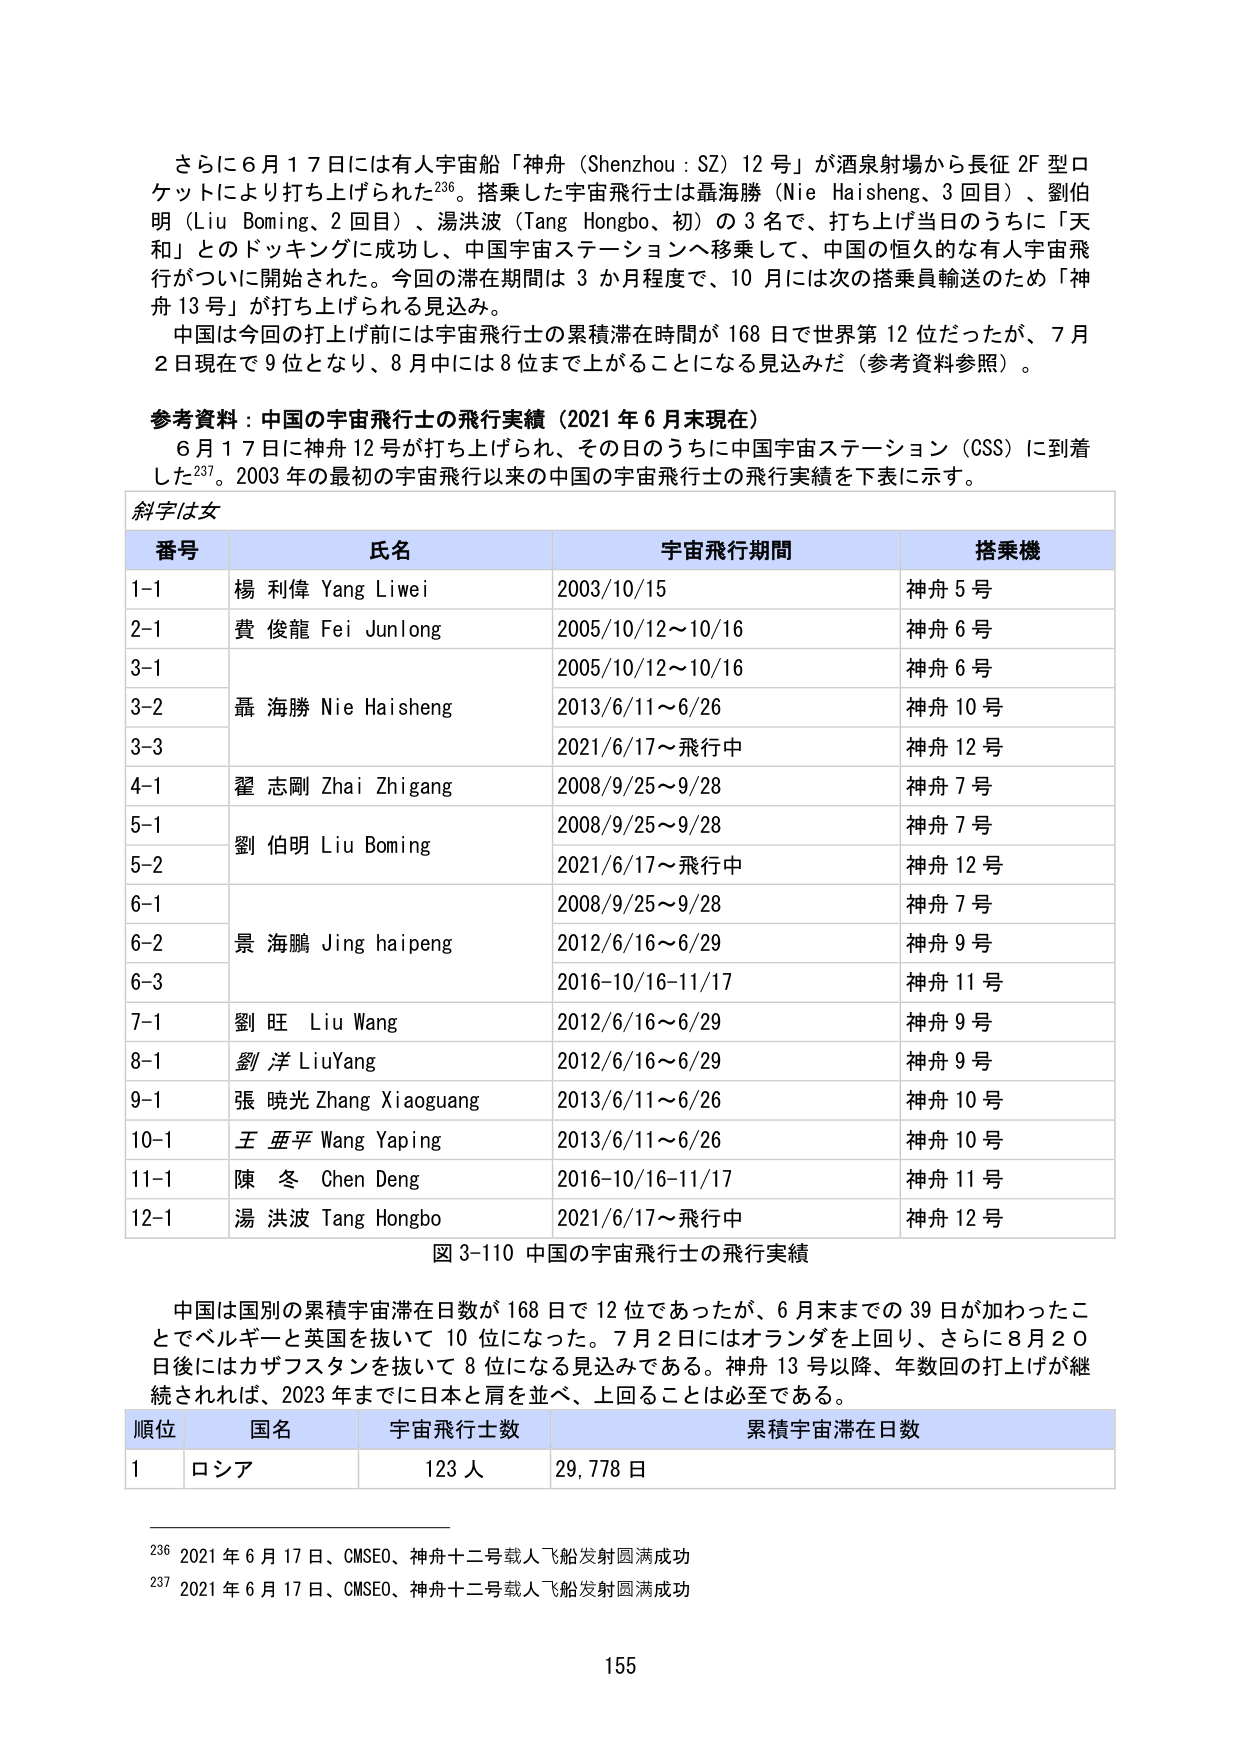
さらに６月１７日には有人宇宙船「神舟（Shenzhou：SZ）12号」が酒泉射場から長征2F型ロケットにより打ち上げられた236。搭乗した宇宙飛行士は聶海勝（Nie Haisheng、3回目）、劉伯明（Liu Boming、2回目）、湯洪波（Tang Hongbo、初）の3名で、打ち上げ当日のうちに「天和」とのドッキングに成功し、中国宇宙ステーションへ移乗して、中国の恒久的な有人宇宙飛行がついに開始された。今回の滞在期間は3か月程度で、10月には次の搭乗員輸送のため「神舟13号」が打ち上げられる見込み。

中国は今回の打ち上げ前には宇宙飛行士の累積滞在時間が168日で世界第12位だったが、7月2日現在で9位となり、8月中には8位まで上がることになる見込みだ（参考資料参照）。

参考資料：中国の宇宙飛行士の飛行実績（2021年6月末現在）
6月17日に神舟12号が打ち上げられ、その日のうちに中国宇宙ステーション（CSS）に到着した237。2003年の最初の宇宙飛行以来の中国の宇宙飛行士の飛行実績を下表に示す。

斜字は女

番号　　氏名　　　　　　　　　宇宙飛行期間　　　　　　搭乗機
1-1　　楊 利偉 Yang Liwei　　　2003/10/15　　　　　　神舟5号
2-1　　費 俊龍 Fei Junlong　　　2005/10/12～10/16　　　神舟6号
3-1　　　　　　　　　　　　　　2005/10/12～10/16　　　神舟6号
3-2　　聶 海勝 Nie Haisheng　　2013/6/11～6/26　　　　神舟10号
3-3　　　　　　　　　　　　　　2021/6/17～飛行中　　神舟12号
4-1　　翟 志剛 Zhai Zhigang　　2008/9/25～9/28　　　　神舟7号
5-1　　劉 伯明 Liu Boming　　　2008/9/25～9/28　　　　神舟7号
5-2　　　　　　　　　　　　　　2021/6/17～飛行中　　神舟12号
6-1　　　　　　　　　　　　　　2008/9/25～9/28　　　　神舟7号
6-2　　景 海鵬 Jing haipeng　　2012/6/16～6/29　　　　神舟9号
6-3　　　　　　　　　　　　　　2016-10/16-11/17　　　神舟11号
7-1　　劉 旺 Liu Wang　　　　　2012/6/16～6/29　　　　神舟9号
8-1　　劉 洋 LiuYang　　　　　2012/6/16～6/29　　　　神舟9号
9-1　　張 曉光 Zhang Xiaoguang　2013/6/11～6/26　　　　神舟10号
10-1　　王 亜平 Wang Yaping　　2013/6/11～6/26　　　　神舟10号
11-1　　陳 冬 Chen Deng　　　　2016-10/16-11/17　　　神舟11号
12-1　　湯 洪波 Tang Hongbo　　2021/6/17～飛行中　　神舟12号

図3-110 中国の宇宙飛行士の飛行実績

中国は国別の累積宇宙滞在日数が168日で12位であったが、6月末までの39日が加わったことでベルギーと英国を抜いて10位になった。7月2日にはオランダを上回り、さらに8月20日後にはカザフスタンを抜いて8位になる見込みである。神舟13号以降、年数回の打ち上げが継続されれば、2023年までに日本と肩を並べ、上回ることは必至である。

順位　　国名　　　　宇宙飛行士数　　　　累積宇宙滞在日数
1　　ロシア　　　　123人　　　　　　29,778日

236 2021年6月17日、CMSEO、神舟十二号载人飞船发射圆满成功
237 2021年6月17日、CMSEO、神舟十二号载人飞船发射圆满成功

155